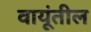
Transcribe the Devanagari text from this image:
वायूंतील